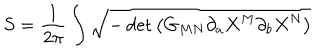
S = \frac { 1 } { 2 \pi } \int \sqrt { - \det \left( G _ { M N } \partial _ { a } X ^ { M } \partial _ { b } X ^ { N } \right) }